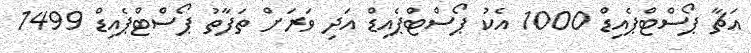
އަޗާ ޕޯސްޓްޕެއިޑް 1000 އެކު ޕޯސްޓްޕެއިޑް އަދި ވަރަށް ތަފާތު ޕޯސްޓްޕެއިޑް 1499